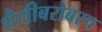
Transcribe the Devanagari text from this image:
शैलीबरोबरच